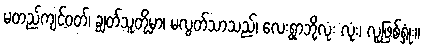
မတည်ကျင့်ဝတ်၊ ချွတ်သူတို့မှာ၊ မလွတ်သာသည်၊ လေးရွာဘို့လုံး လုံး၊ လူဖြစ်ရှုံး။